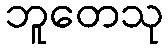
ဘူတေသု